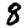
Digit: 8